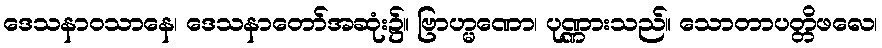
ဒေသနာဝသာနေ၊ ဒေသနာတော်အဆုံး၌။ ဗြာဟ္မဏော၊ ပုဏ္ဏားသည်။ သောတာပတ္တိဖလေ၊